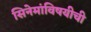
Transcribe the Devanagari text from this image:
सिनेमांविषयीची